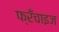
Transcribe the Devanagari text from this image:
फ्रँचाइज